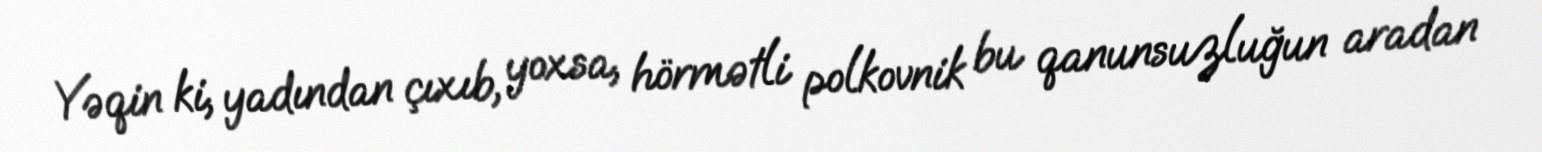
Yəqin ki, yadından çıxıb, yoxsa, hörmətli polkovnik bu qanunsuzluğun aradan